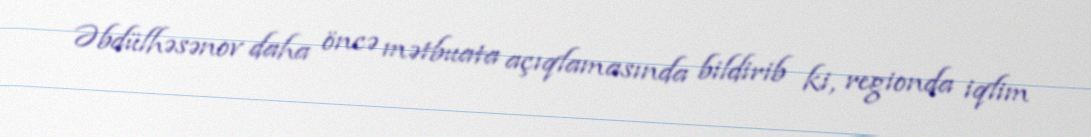
Əbdülhəsənov daha öncə mətbuata açıqlamasında bildirib ki, regionda iqlim